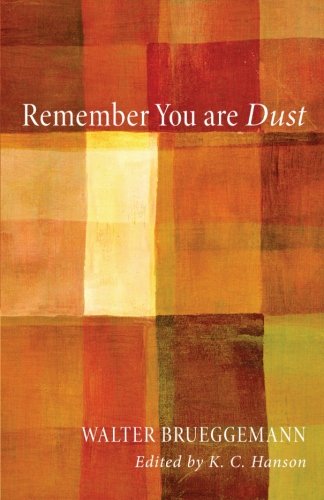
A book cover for Remember You Are Dust:; Walter Brueggemann; Christian Books & Bibles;